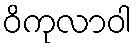
ဝိကုလာဝါ